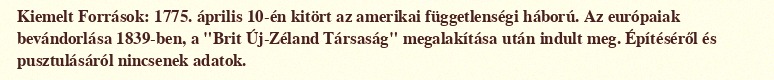
Kiemelt Források: 1775. április 10-én kitört az amerikai függetlenségi háború. Az európaiak bevándorlása 1839-ben, a "Brit Új-Zéland Társaság" megalakítása után indult meg. Építéséről és pusztulásáról nincsenek adatok.